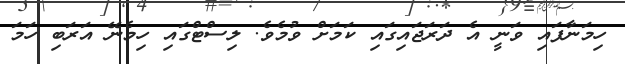
ހިމަނާފައި ވަނީ އެ ދަރަޖައިގައި ކަމަށް ވުމެވެ. ލިސްޓްގައި ހިމެނޭ އަރަބި ހަމަ